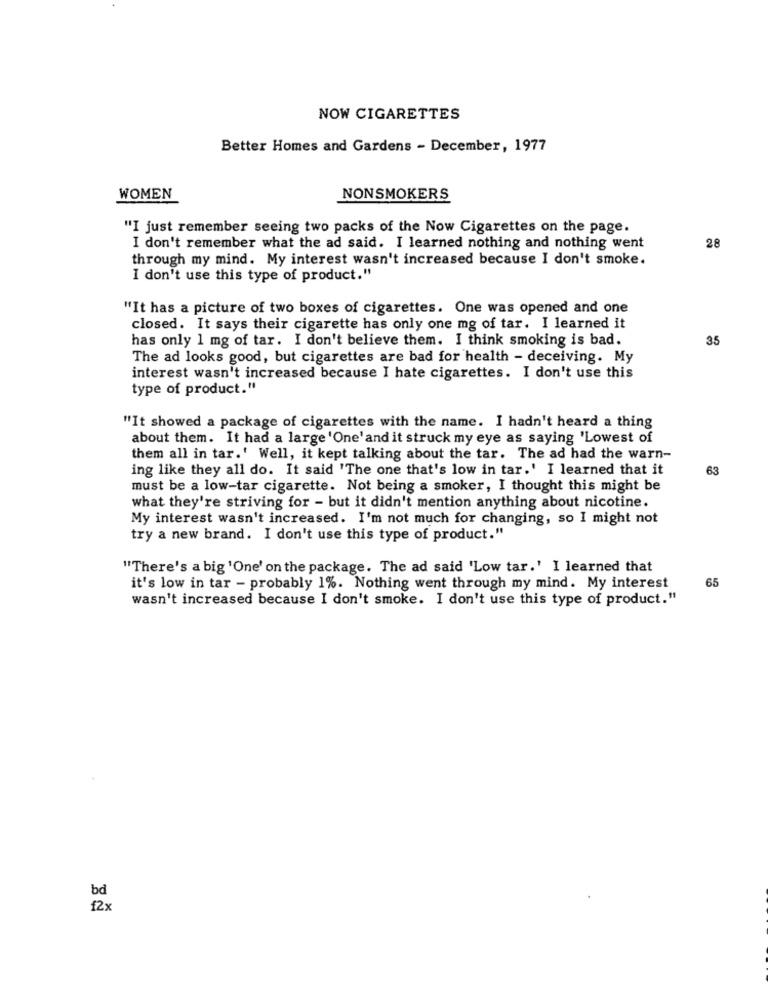
NOW CIGARETTES
Better Homes and Gardens - December, 1977
WOMEN
NONSMOKERS
"I just remember seeing two packs of the Now Cigarettes on the page.
I don't remember what the ad said. I learned nothing and nothing went
28
through my mind. My interest wasn't increased because I don't smoke.
I don't use this type of product."
"It has a picture of two boxes of cigarettes. One was opened and one
closed. It says their cigarette has only one mg of tar. I learned it
has only 1 mg of tar. I don't believe them. I think smoking is bad.
3.5
The ad looks good, but cigarettes are bad for health - deceiving. My
interest wasn't increased because I hate cigarettes. I don't use this
type of product."
"It showed a package of cigarettes with the name. I hadn't heard a thing
about them. It had a large 'One'and it struck my eye as saying 'Lowest of
them all in tar.' Well, it kept talking about the tar. The ad had the warn-
ing like they all do. It said 'The one that's low in tar.' I learned that it
63
must be a low-tar cigarette. Not being a smoker, I thought this might be
what they're striving for - but it didn't mention anything about nicotine.
My interest wasn't increased. I'm not much for changing, so I might not
try a new brand. I don't use this type of product."
"There's a big 'One' on the package. The ad said 'Low tar.' I learned that
65
it's low in tar - probably 1%. Nothing went through my mind. My interest
wasn't increased because I don't smoke. I don't use this type of product."
bd
12x